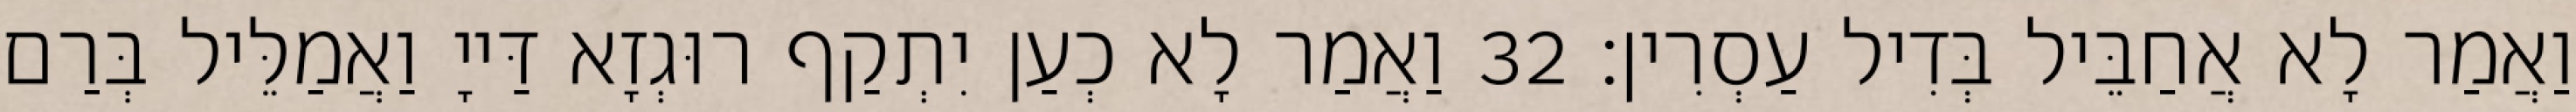
וַאֲמַר לָא אֲחַבֵּיל בְּדִיל עַסְרִין׃ 32 וַאֲמַר לָא כְעַן יִתְקַף רוּגְזָא דַּייָ וַאֲמַלֵּיל בְּרַם